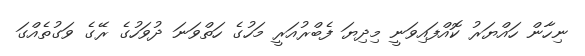
ނިހާން ހައްޔަރު ކޮއްފައިވަނީ މިދިޔަ ފެބްރުއަރީ މަހުގެ ހަތްވަނަ ދުވަހުގެ ރޭގެ ވަގުތެއްގަ